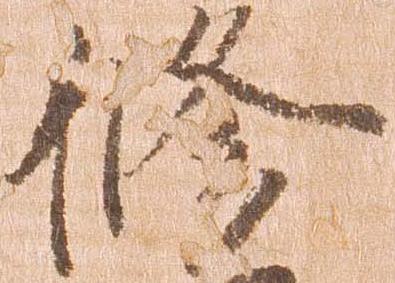
修